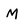
Character: M